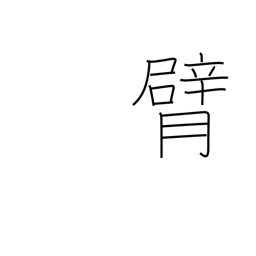
Meaning: elbow